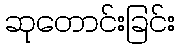
ဆုတောင်းခြင်း